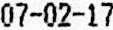
07-02-17